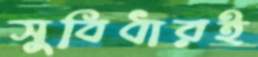
সুবিধারই